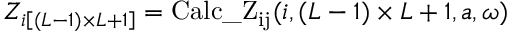
Z _ { i \left[ ( L - 1 ) \times L + 1 \right] } = \mathrm { C a l c \_ Z _ { i j } } ( i , ( L - 1 ) \times L + 1 , a , \omega )